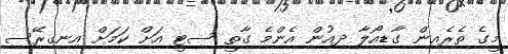
މީގެ ތެރެއިން ގާޑިއޯލާ ދިއުން އެންމެ ގާތީ ސިޓީ އަށް ކަމަށް އިނގިރޭސި